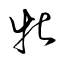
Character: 牝